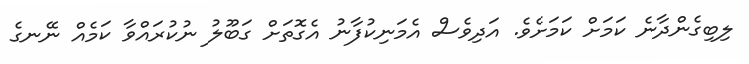
ލިބިގެންދާނެ ކަމަށް ކަމަށެވެ. އަދިވެސް އެމަނިކުފާނު އެގޮތަށް ގަބޫލު ނުކުރައްވާ ކަމެއް ނޭނގެ